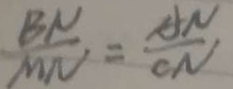
\frac { B N } { M N } = \frac { A N } { O N }